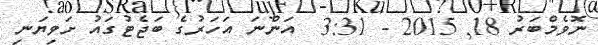
ނޮވެމްބަރު 18